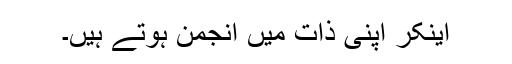
اینکر اپنی ذات میں انجمن ہوتے ہیں۔